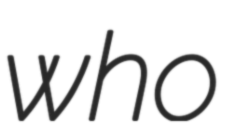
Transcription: who